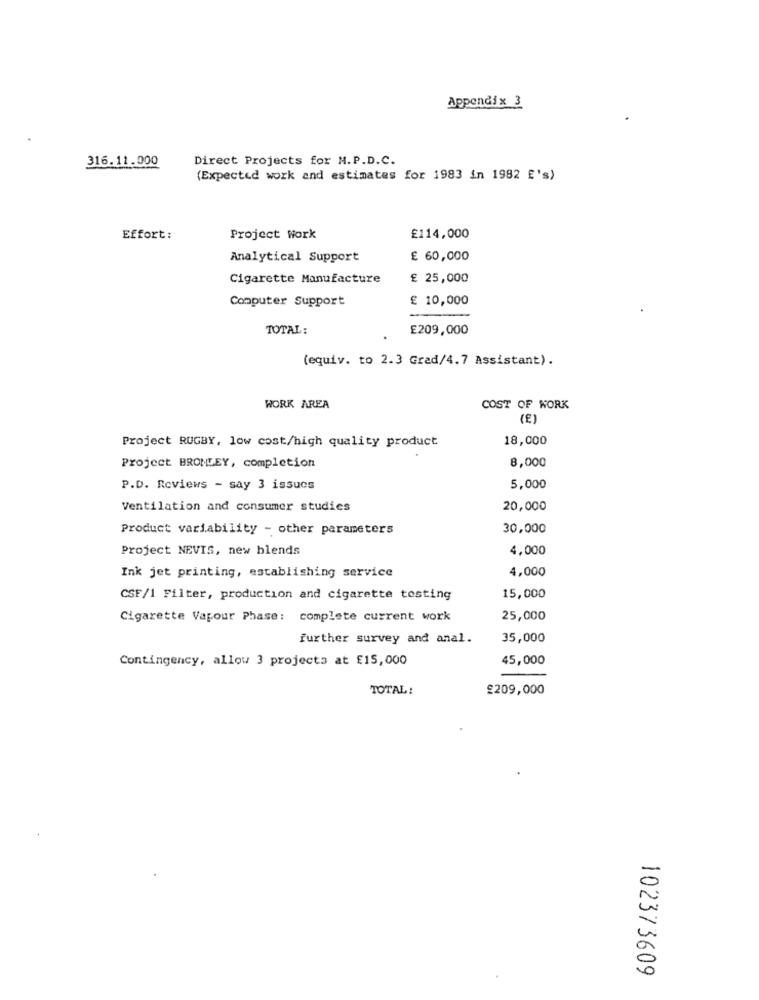
Appendix 3
316.11.000
Direct Projects for M.P.D.C.
(Expected work and estimates for 1983 in 1982 E's)
Effort:
Project Work
£114,000
Analytical Support
£ 60,000
Cigarette Manufacture
£ 25,000
Computer Support
£ 10,000
TOTAL:
£209,000
(equiv. to 2.3 Grad/4.7 Assistant).
WORK AREA
COST OF WORK
(E)
Project RUGBY, low cost/high quality product
18,000
Project BROMLEY, completion
8,000
P.D. Reviews - say 3 issues
5,000
Ventilation and consumer studies
20,000
Product variability - other parameters
30,000
Project NEVIS, new blends
4,000
4,000
Ink jet printing, establishing service
CSF/1 Filter, production and cigarette testing
15,000
Cigarette Vapour Phase: complete current work
25,000
further survey and anal.
35,000
Contingency, allow 3 projects at £15,000
45,000
TOTAL:
£209,000
102373609